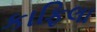
કાફિલા